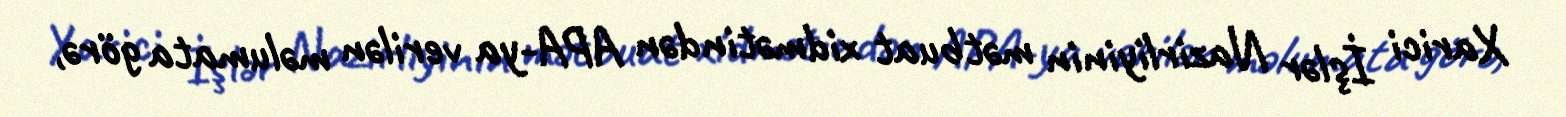
Xarici İşlər Nazirliyinin mətbuat xidmətindən APA-ya verilən məlumata görə,